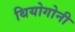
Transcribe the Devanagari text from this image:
थियोगोनी